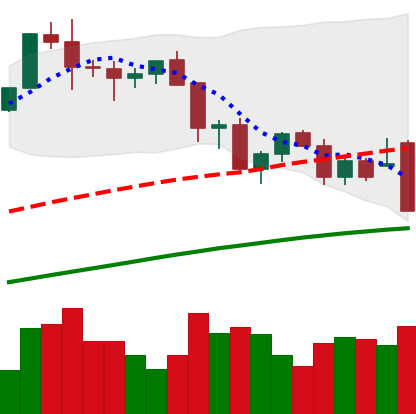
Ticker: BTC-USD
Chart end date: 2021-11-26
Forward return: 6.832%
Label: up_5_7